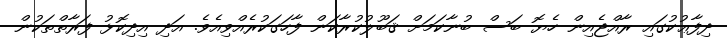
ދިފާޢުކުގައި ރާއްޖެއިން ހެޔޮ ބަސް ބުނާކަމަށް ޤަބޫލުކުރާކަން ފާހަގަކުރެއްވިއެވެ. އަދި އިދިކޮޅު ފަރާތްތަކުން